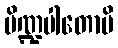
ပိဏ္ဍပါတောပိ